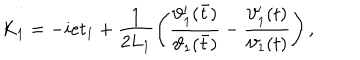
K _ { 1 } = - i e t _ { 1 } + \frac { 1 } { 2 L _ { 1 } } \left( \frac { \vartheta _ { 1 } ^ { \prime } ( \bar { t } ) } { \vartheta _ { 1 } ( \bar { t } ) } - \frac { \vartheta _ { 1 } ^ { \prime } ( t ) } { \vartheta _ { 1 } ( t ) } \right) ,